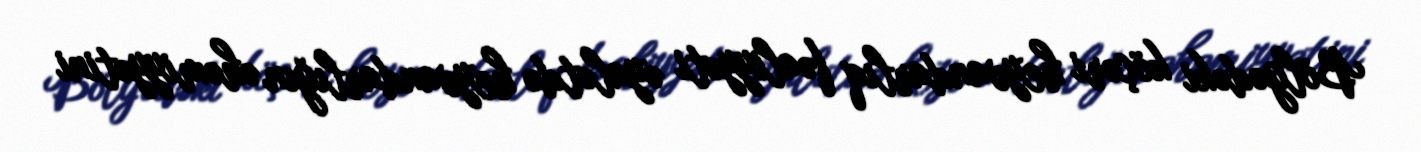
Bölgədəki köçəri heyvandarlıq fəaliyyəti əyalətdə heyvandarlığın əhəmiyyətini